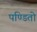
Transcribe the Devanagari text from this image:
पण्डितो